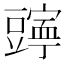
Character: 𫎄